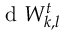
\mathrm { ~ d ~ } W _ { k , l } ^ { t }